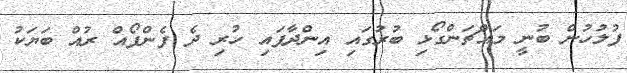
ފުލުހުން ބުނީ މައްޗަންގޯޅި ބުރުގައި އިންދާފައި ހުރި ދެ ފެންފޯއް ރުއް ބަޔަކު